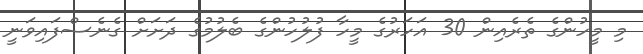
މި މީހުންގެ ތެރެއިން 30 އަހަރުގެ މީހާ ފުލުހުންގެ ބެލުމުގެ ދަށަށް ގެނެސްފައިވަނީ